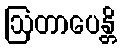
ဩတာပေန္တိ